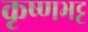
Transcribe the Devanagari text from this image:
कृष्णभट्ट